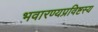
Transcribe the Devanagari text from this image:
भवारण्यप्रविष्टस्य